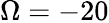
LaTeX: \Omega=-20